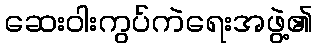
ဆေးဝါးကွပ်ကဲရေးအဖွဲ့၏